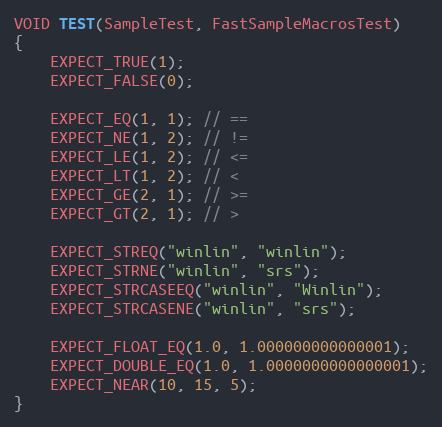
Language: C++
VOID TEST(SampleTest, FastSampleMacrosTest)
{
    EXPECT_TRUE(1);
    EXPECT_FALSE(0);

    EXPECT_EQ(1, 1); // ==
    EXPECT_NE(1, 2); // !=
    EXPECT_LE(1, 2); // <=
    EXPECT_LT(1, 2); // <
    EXPECT_GE(2, 1); // >=
    EXPECT_GT(2, 1); // >

    EXPECT_STREQ("winlin", "winlin");
    EXPECT_STRNE("winlin", "srs");
    EXPECT_STRCASEEQ("winlin", "Winlin");
    EXPECT_STRCASENE("winlin", "srs");

    EXPECT_FLOAT_EQ(1.0, 1.000000000000001);
    EXPECT_DOUBLE_EQ(1.0, 1.0000000000000001);
    EXPECT_NEAR(10, 15, 5);
}